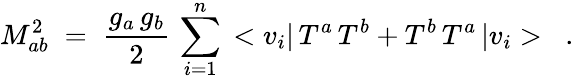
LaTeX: M_{ab}^{2}\; =\; \frac{g_{a}\, g_{b}}{2}\, \sum_{i=1}^{n}\, <v_{i}|\, T^{a}\, T^{b}+T^{b}\, T^{a}\, |v_{i}>\; \; \; .